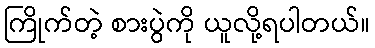
ကြိုက်တဲ့ စားပွဲကို ယူလို့ရပါတယ်။